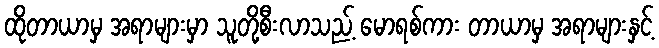
ထိုတာယာမှ အရာများမှာ သူတို့စီးလာသည့် မောရစ်ကား တာယာမှ အရာများနှင့်